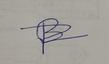
Signature authenticity: forged